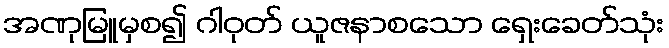
အဏုမြူမှစ၍ ဂါဝုတ် ယူဇနာစသော ရှေးခေတ်သုံး